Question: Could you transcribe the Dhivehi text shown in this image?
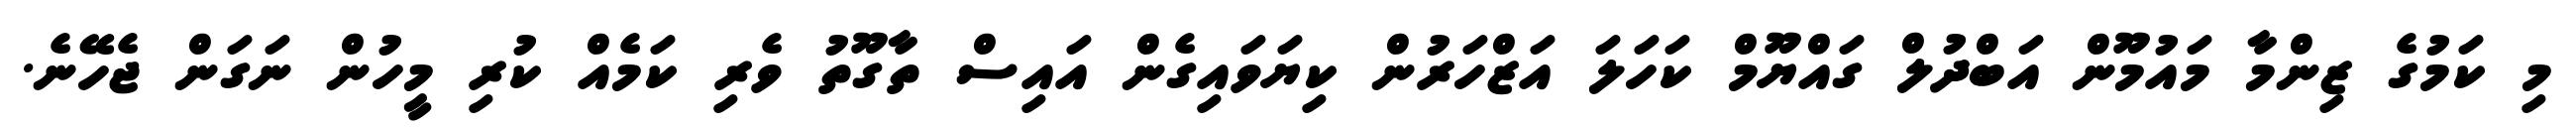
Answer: މި ކަމުގެ ޒިންމާ މައުމޫން އަބްދުލް ގައްޔޫމް ކަހަލަ އަޒްހަރުން ކިޔަވައިގެން އައިސް ތާގޫތު ވެރި ކަމެއް ކުރި މީހުން ނަގަން ޖެހޭނެ.